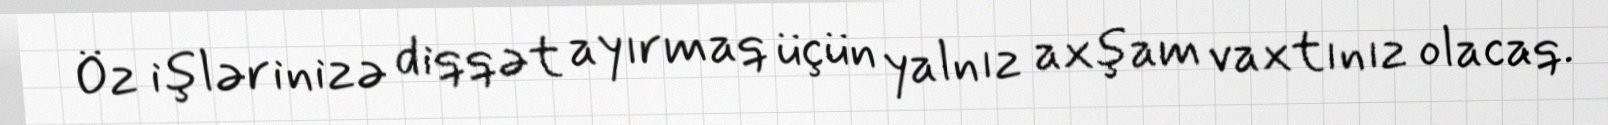
Öz işlərinizə diqqət ayırmaq üçün yalnız axşam vaxtınız olacaq.